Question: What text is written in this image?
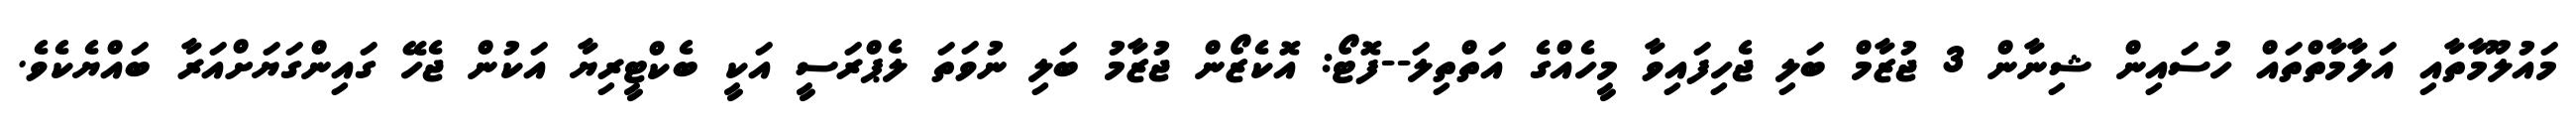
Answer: މައުލޫމާތާއި އަލާމާތްތައް ހުސައިން ޝިނާން 3 ޖުޒާމް ބަލި ޖެހިފައިވާ މީހެއްގެ އަތްތިލަ--ފޮޓޯ: އޮކެޒޯން ޖުޒާމު ބަލި ނުވަތަ ލެޕްރަސީ އަކީ ބެކްޓީރިޔާ އަކުން ޖެހޭ ގައިންގަޔަށްއަރާ ބައްޔެކެވެ.